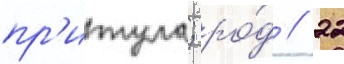
пр'итула; ро́д // 22